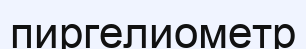
пиргелиометр